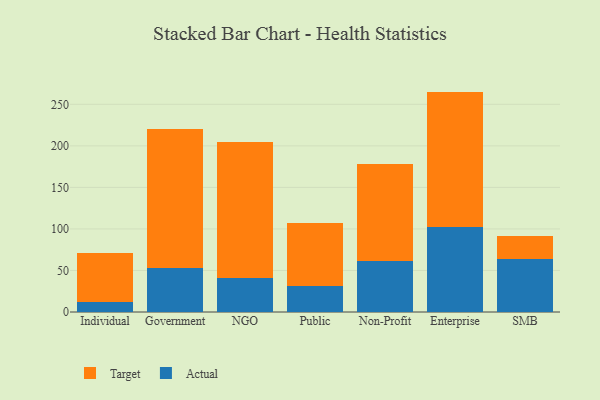
{"axis": {"x": "Segment", "y": "Energy Usage (MWh)"}, "legend": ["Actual", "Target"], "data": [{"x": "Individual", "y": 11.5, "type": "Actual"}, {"x": "Individual", "y": 59.9, "type": "Target"}, {"x": "Government", "y": 52.4, "type": "Actual"}, {"x": "Government", "y": 167.7, "type": "Target"}, {"x": "NGO", "y": 41.5, "type": "Actual"}, {"x": "NGO", "y": 163.2, "type": "Target"}, {"x": "Public", "y": 31.9, "type": "Actual"}, {"x": "Public", "y": 75.8, "type": "Target"}, {"x": "Non-Profit", "y": 60.9, "type": "Actual"}, {"x": "Non-Profit", "y": 117.5, "type": "Target"}, {"x": "Enterprise", "y": 101.8, "type": "Actual"}, {"x": "Enterprise", "y": 163.5, "type": "Target"}, {"x": "SMB", "y": 64.0, "type": "Actual"}, {"x": "SMB", "y": 27.1, "type": "Target"}]}